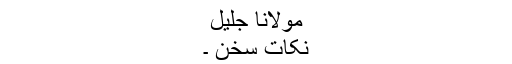
مولانا جلیل ؔ
نکاتِ سخن ۔